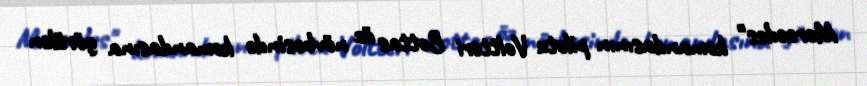
Mercedes" komandasının pilotu Voltteri Bottas öz növbəsində komandasına görülən